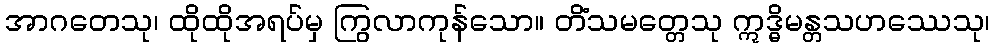
အာဂတေသု၊ ထိုထိုအရပ်မှ ကြွလာကုန်သော။ တိံသမတ္တေသု ဣဒ္ဓိမန္တသဟဿေသု၊